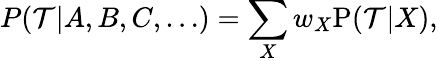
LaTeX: P({\cal T}|A,B,C,\ldots)=\sum_{X}w_{X}\mathrm{P}({\cal T}|X),